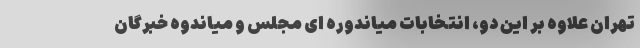
تهران علاوه بر این دو، انتخابات میاندوره ای مجلس و میاندوه خبرگان